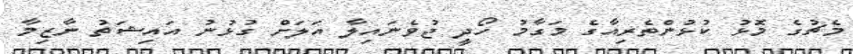
މެޗުގެ މޮޅު ކުޅުންތެރިއާގެ މަގާމު ހޯދީ ޖުވެނައިލާ އަލަށް ގުޅުނު އައިޝަތު ނާޒިމާ